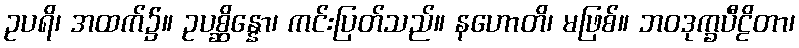
ဥပရိ၊ အထက်၌။ ဥပစ္ဆိန္နော၊ ကင်းပြတ်သည်။ နဟောတိ၊ မဖြစ်။ ဘဝဒုက္ခပီဠိတာ၊